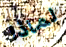
لماذا